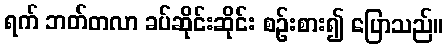
ရက် ဘတ်တလာ ခပ်ဆိုင်းဆိုင်း စဉ်းစား၍ ပြောသည်။